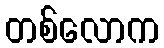
တစ်လောက